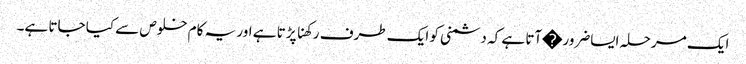
ایک مرحلہ ایساضرور�آتا ہے کہ دشمنی کو ایک طرف رکھنا پڑتا ہے اور یہ کام خلوص سے کیا جاتا ہے۔